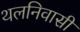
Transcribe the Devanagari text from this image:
थलनिवासी